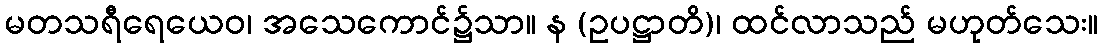
မတသရီရေယေဝ၊ အသေကောင်၌သာ။ န (ဥပဋ္ဌာတိ)၊ ထင်လာသည် မဟုတ်သေး။